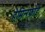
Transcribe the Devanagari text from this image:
हेमिन्ग्फ़ोर्ड